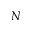
N